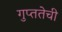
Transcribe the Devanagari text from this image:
गुप्ततेची